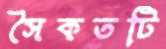
সৈকতটি